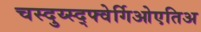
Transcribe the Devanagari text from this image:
चस्दुय्स्द्फ्वेर्गिओएतिअ